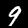
Label: 9